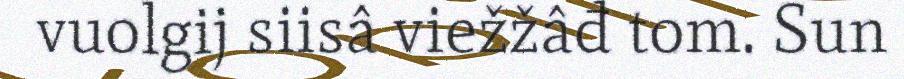
vuolgij siisâ viežžâđ tom. Sun